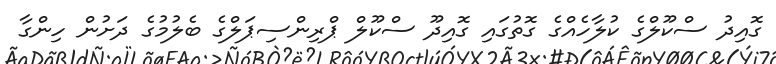
ގޮއިދު ސްކޫލްގެ ކުލާހެއްގެ ގޮތުގައި ގޮއިދޫ ސްކޫލް ޕްރިންސިޕަލްގެ ބެލުމުގެ ދަށުން ހިންގާ